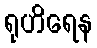
ရုဟိရေန